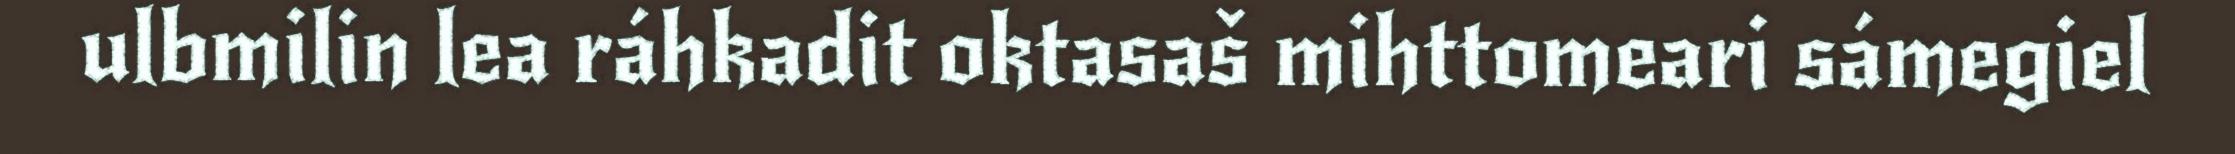
ulbmilin lea ráhkadit oktasaš mihttomeari sámegiel